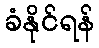
ခံနိုင်ရန်